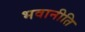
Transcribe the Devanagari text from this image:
भवानीति